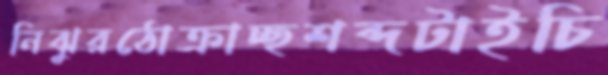
নিঝুরঠোক্‌রাচ্ছশব্দটাইচি